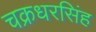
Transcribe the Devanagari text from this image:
चक्रधरसिंह